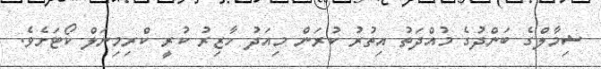
ޝިމާލްގެ ބަންދުގެ މުއްދަތު އިތުރު ކުރަން މިއަދު ހާޒިރު ކުރީ ކްރިމިނަލް ކޯޓަށެވެ.